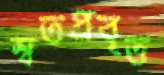
স্বতপ্রবৃত্ত